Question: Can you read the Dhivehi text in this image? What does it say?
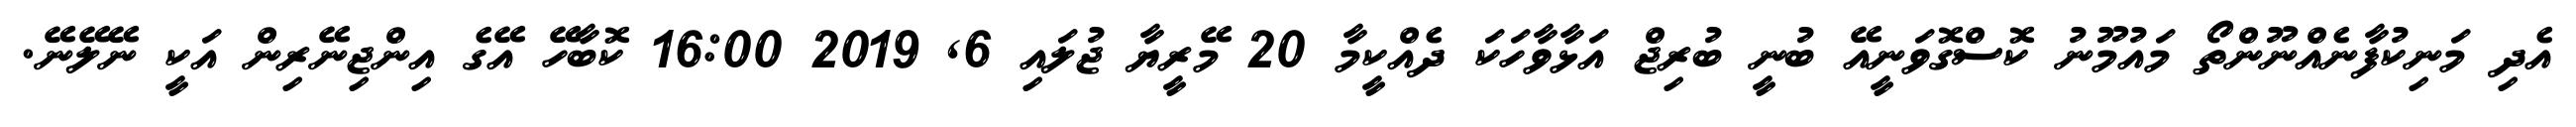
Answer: އެދި މަނިކުފާނެއްނޫންތޯ މައުމޫނު ކޮސްގޮވަނީއޭ ބުނީ ބުރިޖް އަޅާވާހަކަ ދެއްކީމާ 20 މޭރީޔާ ޖުލައި 6, 2019 16:00 ކޮބާހޭ އޭގެ އިންޖިނޭރިން އަކީ ނޭލޭނޭ.